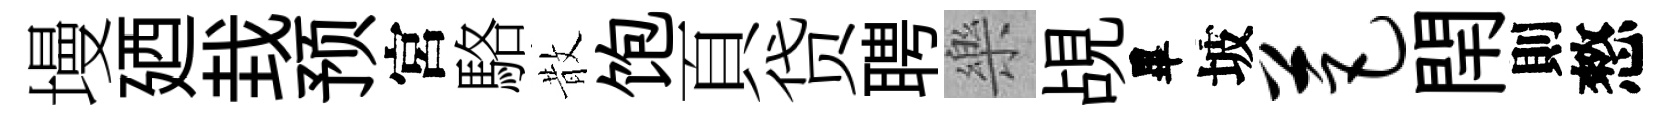
墁廼㘽预宮駱散饱頁贷聘樂覘畢坡芭閈則憗